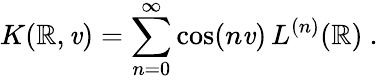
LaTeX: K(\mathbb{R},\mathit{v})=\sum_{n=0}^{\infty}\cos(n\mathit{v})\, L^{(n)}(\mathbb{R})\ .